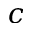
\boldsymbol c